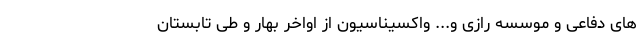
های دفاعی و موسسه رازی و... واکسیناسیون از اواخر بهار و طی تابستان